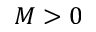
M > 0